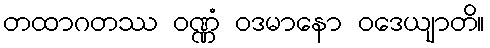
တထာဂတဿ ဝဏ္ဏံ ဝဒမာနော ဝဒေယျာတိ။